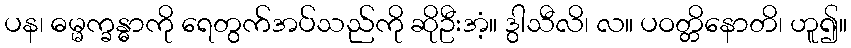
ပန၊ ဓမ္မက္ခန္ဓာကို ရေတွက်အပ်သည်ကို ဆိုဦးအံ့။ ဒွါသီလိ၊ လ။ ပဝတ္တိနောတိ၊ ဟူ၍။